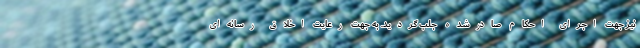
نیز جهت اجرای احکام صادرشده جلب گردید. به جهت رعایت اخلاق رسانه‌ای